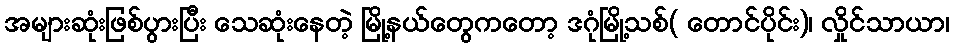
အများဆုံးဖြစ်ပွားပြီး သေဆုံးနေတဲ့ မြို့နယ်တွေကတော့ ဒဂုံမြို့သစ်( တောင်ပိုင်း)၊ လှိုင်သာယာ၊